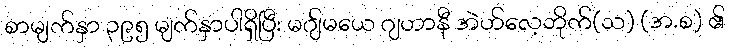
စာမျက်နှာ ၃၉၅ မျက်နှာပါရှိပြီး မဂျ်မယေ ဂျဟာနီ အဲဟ်လေ့ဘိုက်(သ) (အ.စ) ၏